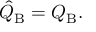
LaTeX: \hat { Q } _ { \mathrm { B } } = Q _ { \mathrm { B } } .